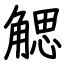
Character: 䚡